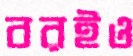
বরইও